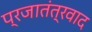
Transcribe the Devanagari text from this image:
प्रजातंत्रवाद